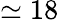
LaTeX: \simeq 18